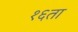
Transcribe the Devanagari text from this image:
१६ता